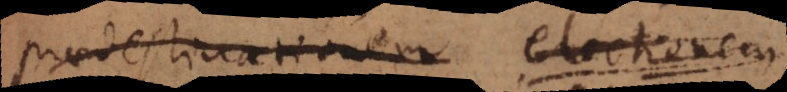
praedestinationem, electionem,